FBI Photo B3
Agency: FBI
Incident date: Late 2025
Incident location: Western United States
Page 1
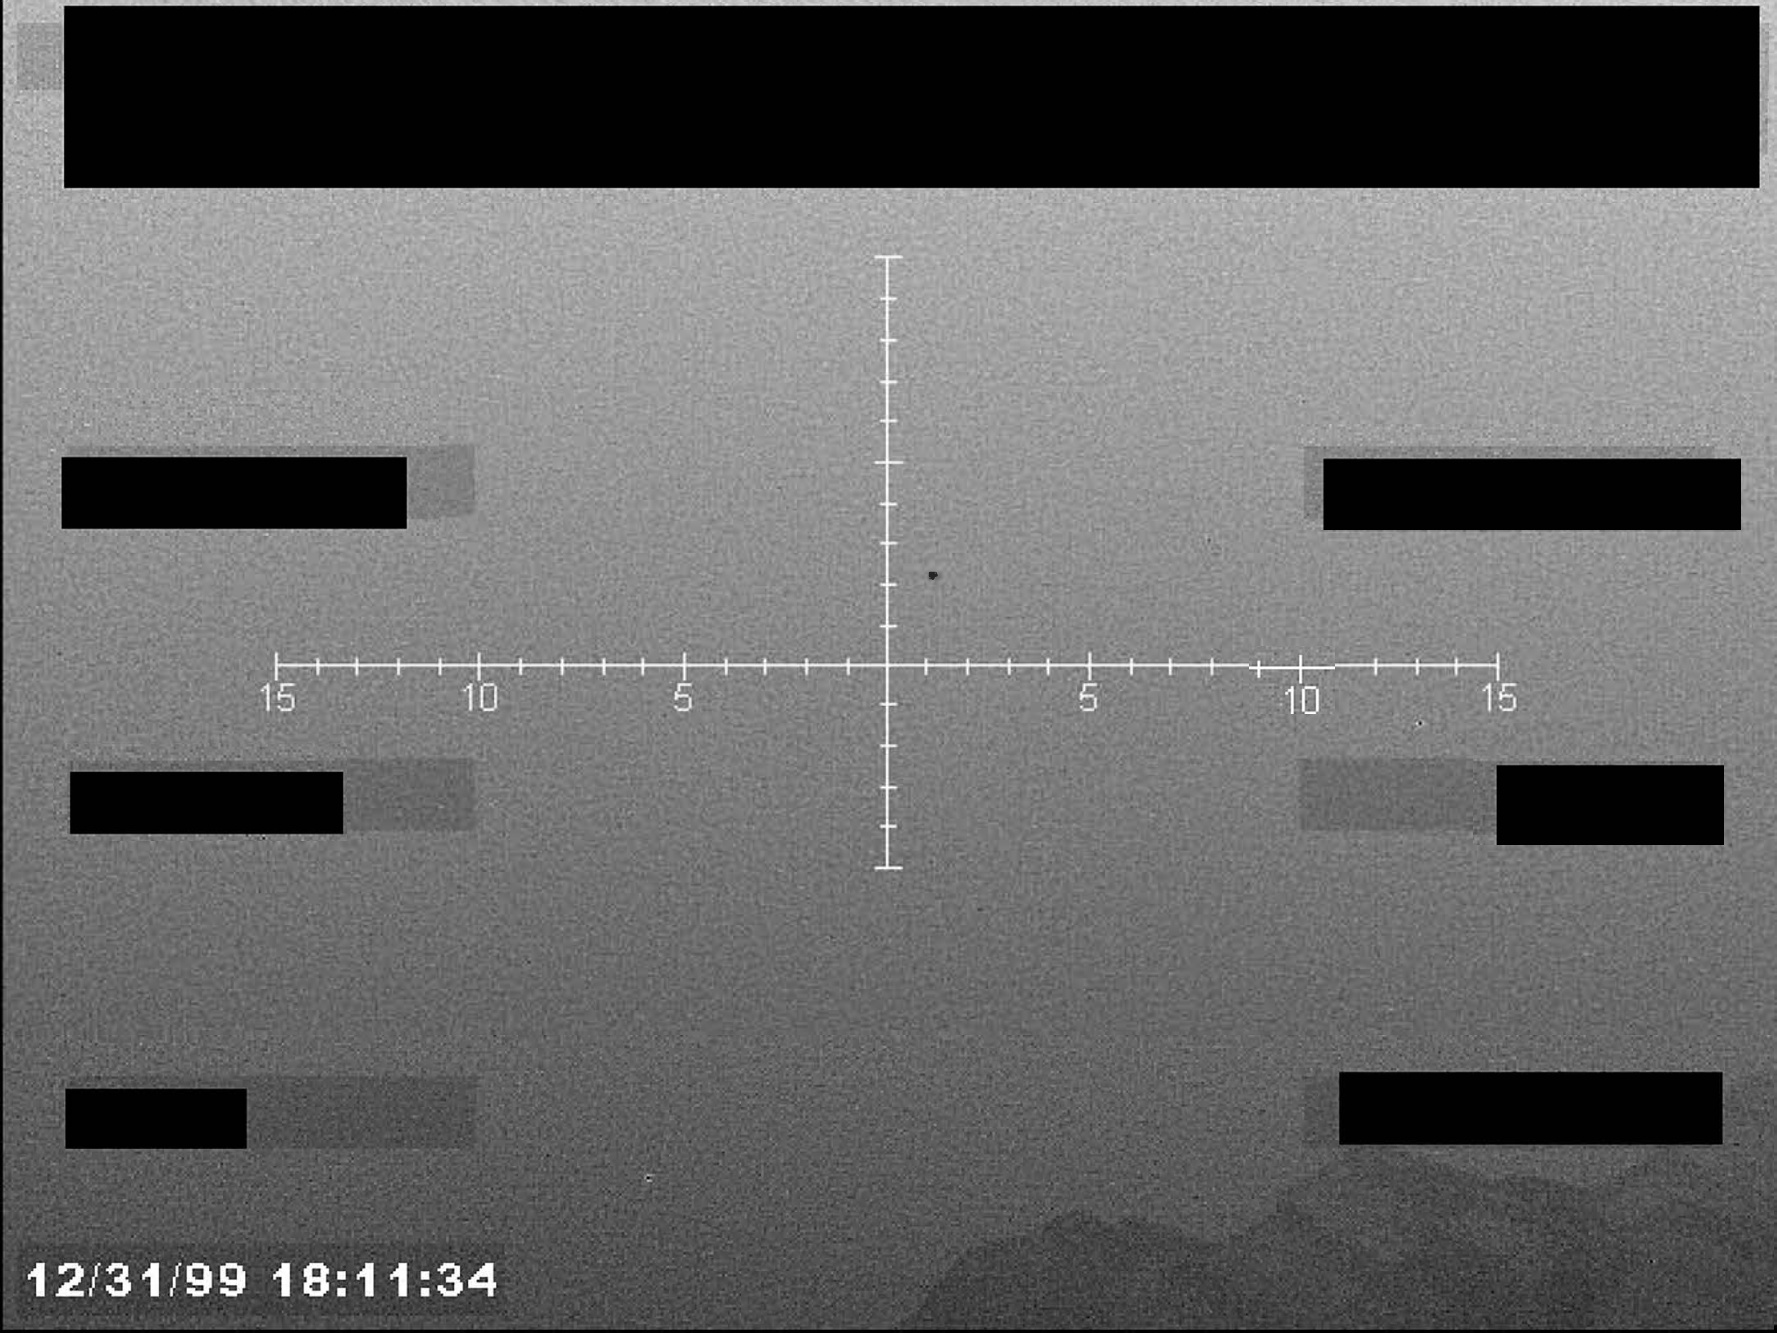